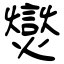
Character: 爕